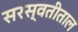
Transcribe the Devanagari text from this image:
सरस्वतीताल